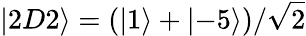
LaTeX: \left\lvert 2D2\right\rangle=(\left\lvert 1\right\rangle+\left\lvert-5\right\rangle)/\sqrt{2}